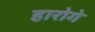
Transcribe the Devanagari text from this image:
हारोगे